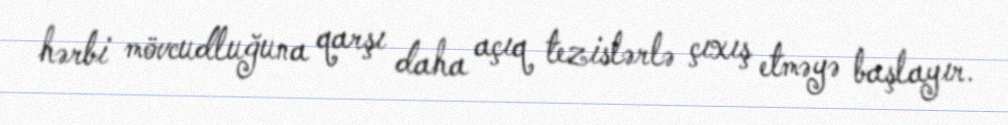
hərbi mövcudluğuna qarşı daha açıq tezislərlə çıxış etməyə başlayır.